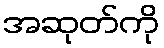
အဆုတ်ကို